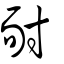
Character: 耐